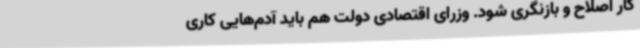
کار اصلاح و بازنگری شود. وزرای اقتصادی دولت هم باید آدم‌هایی کاری